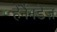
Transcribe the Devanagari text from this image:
हेर्नैनडेज़